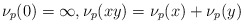
\begin{align*}\nu_p(0) =\infty,\nu_p(xy) =\nu_p(x)+\nu_p(y)\end{align*}